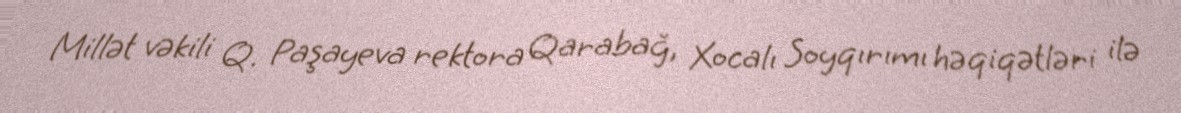
Millət vəkili Q. Paşayeva rektora Qarabağ, Xocalı Soyqırımı həqiqətləri ilə